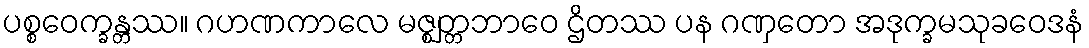
ပစ္စဝေက္ခန္တဿ။ ဂဟဏကာလေ မဇ္ဈတ္တဘာဝေ ဌိတဿ ပန ဂဏှတော အဒုက္ခမသုခဝေဒနံ